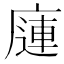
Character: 𰏿